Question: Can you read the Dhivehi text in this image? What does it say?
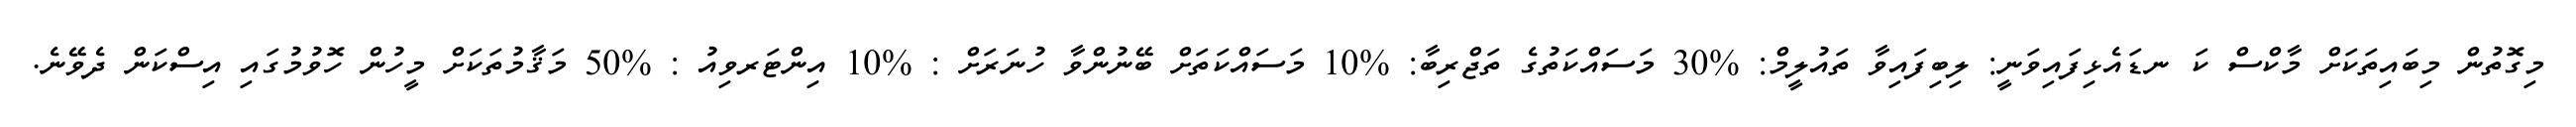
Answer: މިގޮތުން މިބައިތަކަށް މާކްސް ކަ ނޑައެޅިފައިވަނީ: ލިބިފައިވާ ތައުލީމް: %30 މަސައްކަތުގެ ތަޖްރިބާ: %10 މަސައްކަތަށް ބޭނުންވާ ހުނަރަށް : %10 އިންޓަރވިއު : %50 މަޤާމުތަކަށް މީހުން ހޮވުމުގައި އިސްކަން ދެވޭނެ.